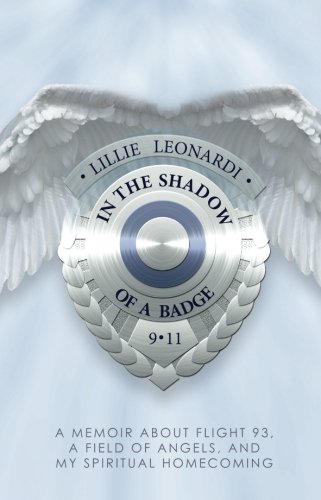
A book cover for In The Shadow Of a Badge: A Memoir about Flight 93, a Field of Angels, and My Spiritual Homecoming; Lillie Leonardi; Biographies & Memoirs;